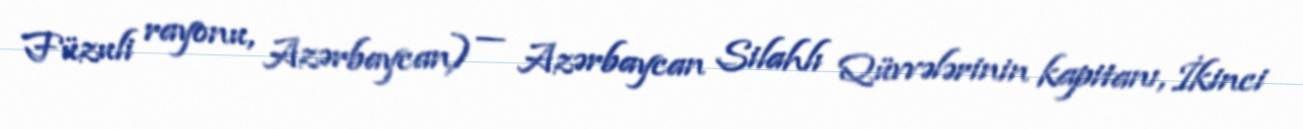
Füzuli rayonu, Azərbaycan) — Azərbaycan Silahlı Qüvvələrinin kapitanı, İkinci